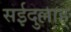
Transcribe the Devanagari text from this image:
सईदुल्लाह्